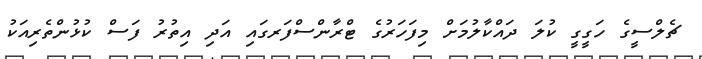
ޗެލްސީގެ ހަގީގީ ކުލަ ދައްކާލުމަށް މިފަހަރުގެ ޓްރާންސްފަރގައި އަދި އިތުރު ފަސް ކުޅުންތެރިއަކު